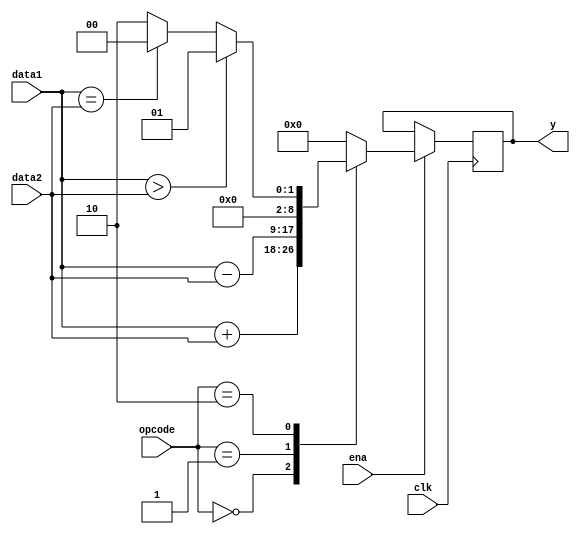

/*----------------------------------------------------------------
Filename: alu.v
Function: NALU(N  )
-----------------------------------------------------------------*/
module alu(ena, clk, opcode, data1, data2, y);
    //alu
    parameter N = 8; //[-128, 127]
    
    //
    input ena, clk;
    input [1 : 0] opcode;
    input signed [N - 1 : 0] data1, data2; //[-128, 127] 
    output signed [N : 0] y; //[-255, 255]
    
    //
    reg signed [N : 0] y;
    
    //
    parameter ADD = 2'b00, SUB = 2'b01, COMPARE = 2'b10;
    
    //
    always@(posedge clk)
    begin
        if(ena)
        begin
            casex(opcode)
                ADD: y <= data1 + data2; //
                SUB: y <= data1 - data2; //
                COMPARE: y <= (data1 > data2) ? 1 : ((data1 == data2) ? 0 : 2); //data1 = data2 0; data1 > data2 1; data1 < data2 2;
                default: y <= 0;
            endcase
        end
    end
endmodule